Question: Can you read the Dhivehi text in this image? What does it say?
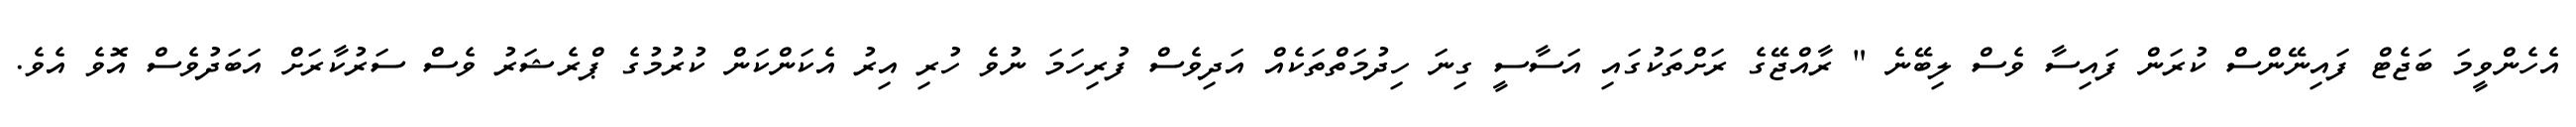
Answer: އެހެންވީމަ ބަޖެޓް ފައިނޭންސް ކުރަން ފައިސާ ވެސް ލިބޭނެ " ރާއްޖޭގެ ރަށްތަކުގައި އަސާސީ ގިނަ ހިދުމަތްތަކެއް އަދިވެސް ފުރިހަމަ ނުވެ ހުރި އިރު އެކަންކަން ކުރުމުގެ ޕްރެޝަރު ވެސް ސަރުކާރަށް އަބަދުވެސް އޮވެ އެވެ.